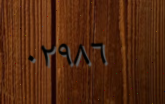
٠٢٩٨٦